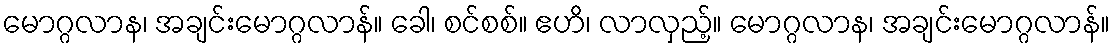
မောဂ္ဂလာန၊ အချင်းမောဂ္ဂလာန်။ ခေါ၊ စင်စစ်။ ဧဟိ၊ လာလှည့်။ မောဂ္ဂလာန၊ အချင်းမောဂ္ဂလာန်။